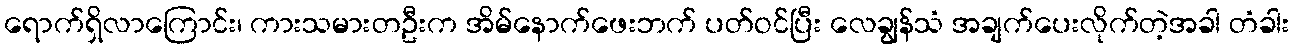
ရောက်ရှိလာကြောင်း၊ ကားသမားတဦးက အိမ်နောက်ဖေးဘက် ပတ်ဝင်ပြီး လေချွန်သံ အချက်ပေးလိုက်တဲ့အခါ တံခါး